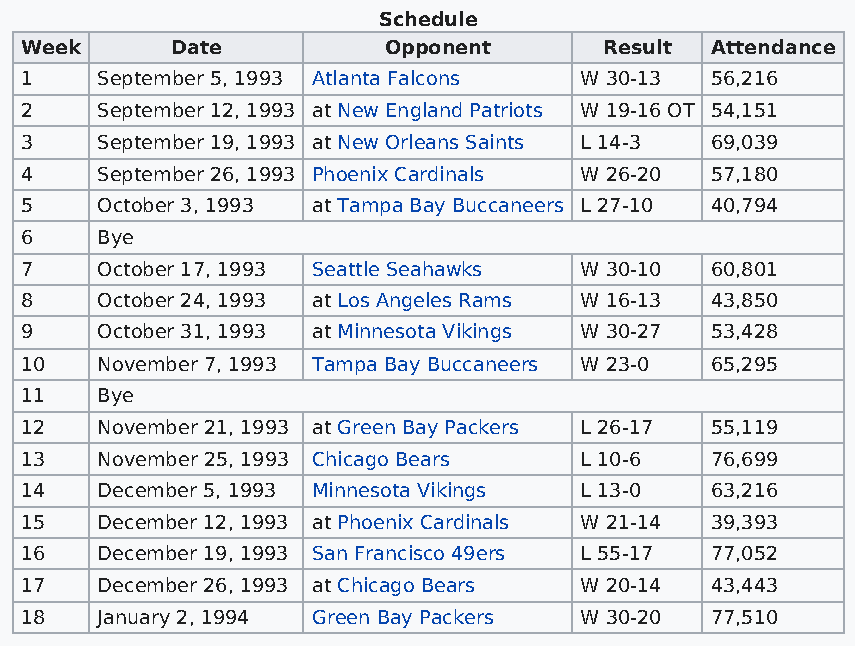
Schedule
 Week      Date          Opponent       Result Attendance
 1    September 5, 1993 Atlanta Falcons W 30-13 56,216
 2    September 12, 1993 at New England Patriots W 19-16 OT 54,151
 3    September 19, 1993 at New Orleans Saints L 14-3 69,039
 4    September 26, 1993 Phoenix Cardinals W 26-20 57,180
 5    October 3, 1993 at Tampa Bay Buccaneers L 27-10 40,794
 6    Bye
 7    October 17, 1993 Seattle Seahawks W 30-10 60,801
 8    October 24, 1993 at Los Angeles Rams W 16-13 43,850
 9    October 31, 1993 at Minnesota Vikings W 30-27 53,428
 10   November 7, 1993 Tampa Bay Buccaneers W 23-0 65,295
 11   Bye
 12   November 21, 1993 at Green Bay Packers L 26-17 55,119
 13   November 25, 1993 Chicago Bears L 10-6   76,699
 14   December 5, 1993 Minnesota Vikings L 13-0 63,216
 15   December 12, 1993 at Phoenix Cardinals W 21-14 39,393
 16   December 19, 1993 San Francisco 49ers L 55-17 77,052
 17   December 26, 1993 at Chicago Bears W 20-14 43,443
 18   January 2, 1994 Green Bay Packers W 30-20 77,510